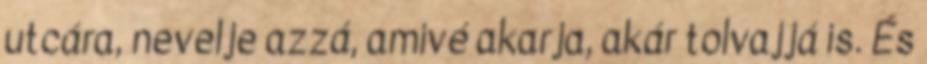
utcára, nevelje azzá, amivé akarja, akár tolvajjá is. És